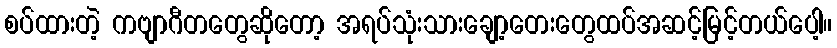
စပ်ထားတဲ့ ကဗျာဂီတတွေဆိုတော့ အရပ်သုံးသားချော့တေးတွေထပ်အဆင့်မြင့်တယ်ပေါ့။